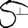
Digit: 5